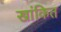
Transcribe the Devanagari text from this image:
खांकित